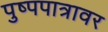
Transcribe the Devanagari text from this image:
पुष्पपात्रावर